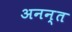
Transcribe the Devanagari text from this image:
अनन्‍त